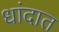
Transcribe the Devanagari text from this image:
धांदात